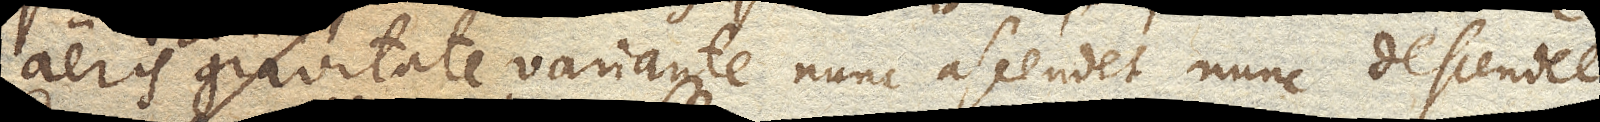
aeris gravitate variante nunc ascendet nunc descendet.